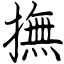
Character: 撫